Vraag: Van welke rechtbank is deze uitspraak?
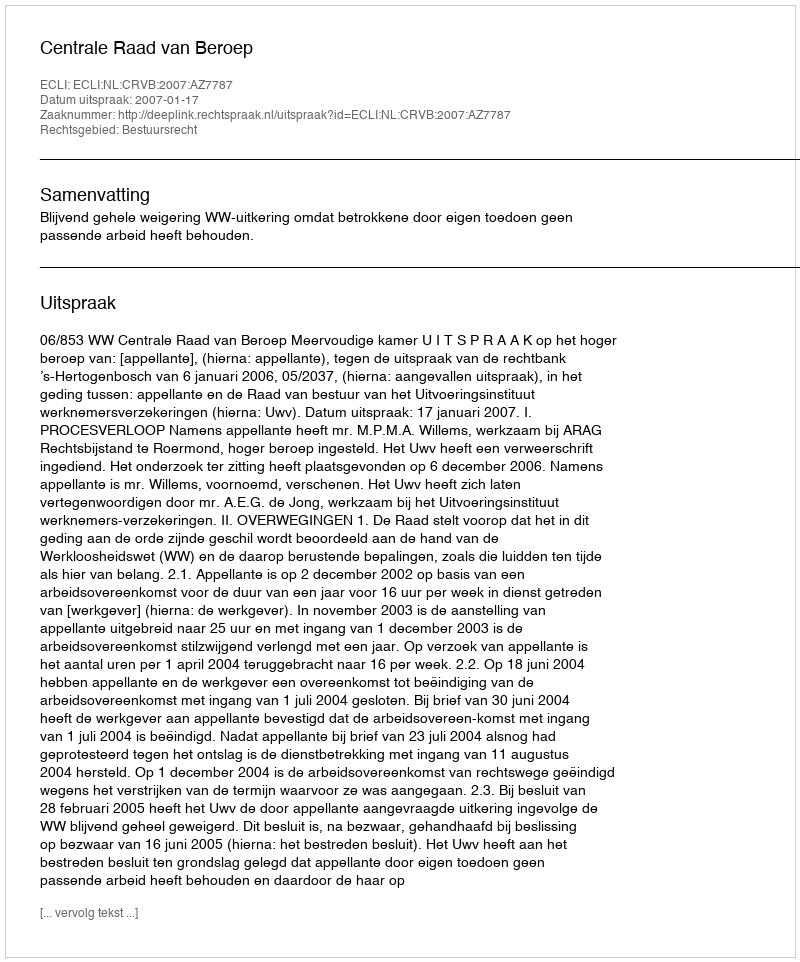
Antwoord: Centrale Raad van Beroep